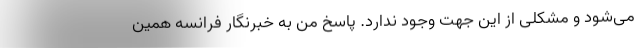
می‌شود و مشکلی از این جهت وجود ندارد. پاسخ من به خبرنگار فرانسه همین